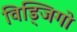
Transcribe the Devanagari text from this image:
विड्जिगो